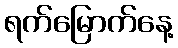
ရက်မြောက်နေ့